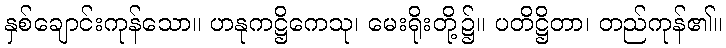
နှစ်ချောင်းကုန်သော။ ဟနုကဋ္ဌိကေသု၊ မေးရိုးတို့၌။ ပတိဋ္ဌိတာ၊ တည်ကုန်၏။